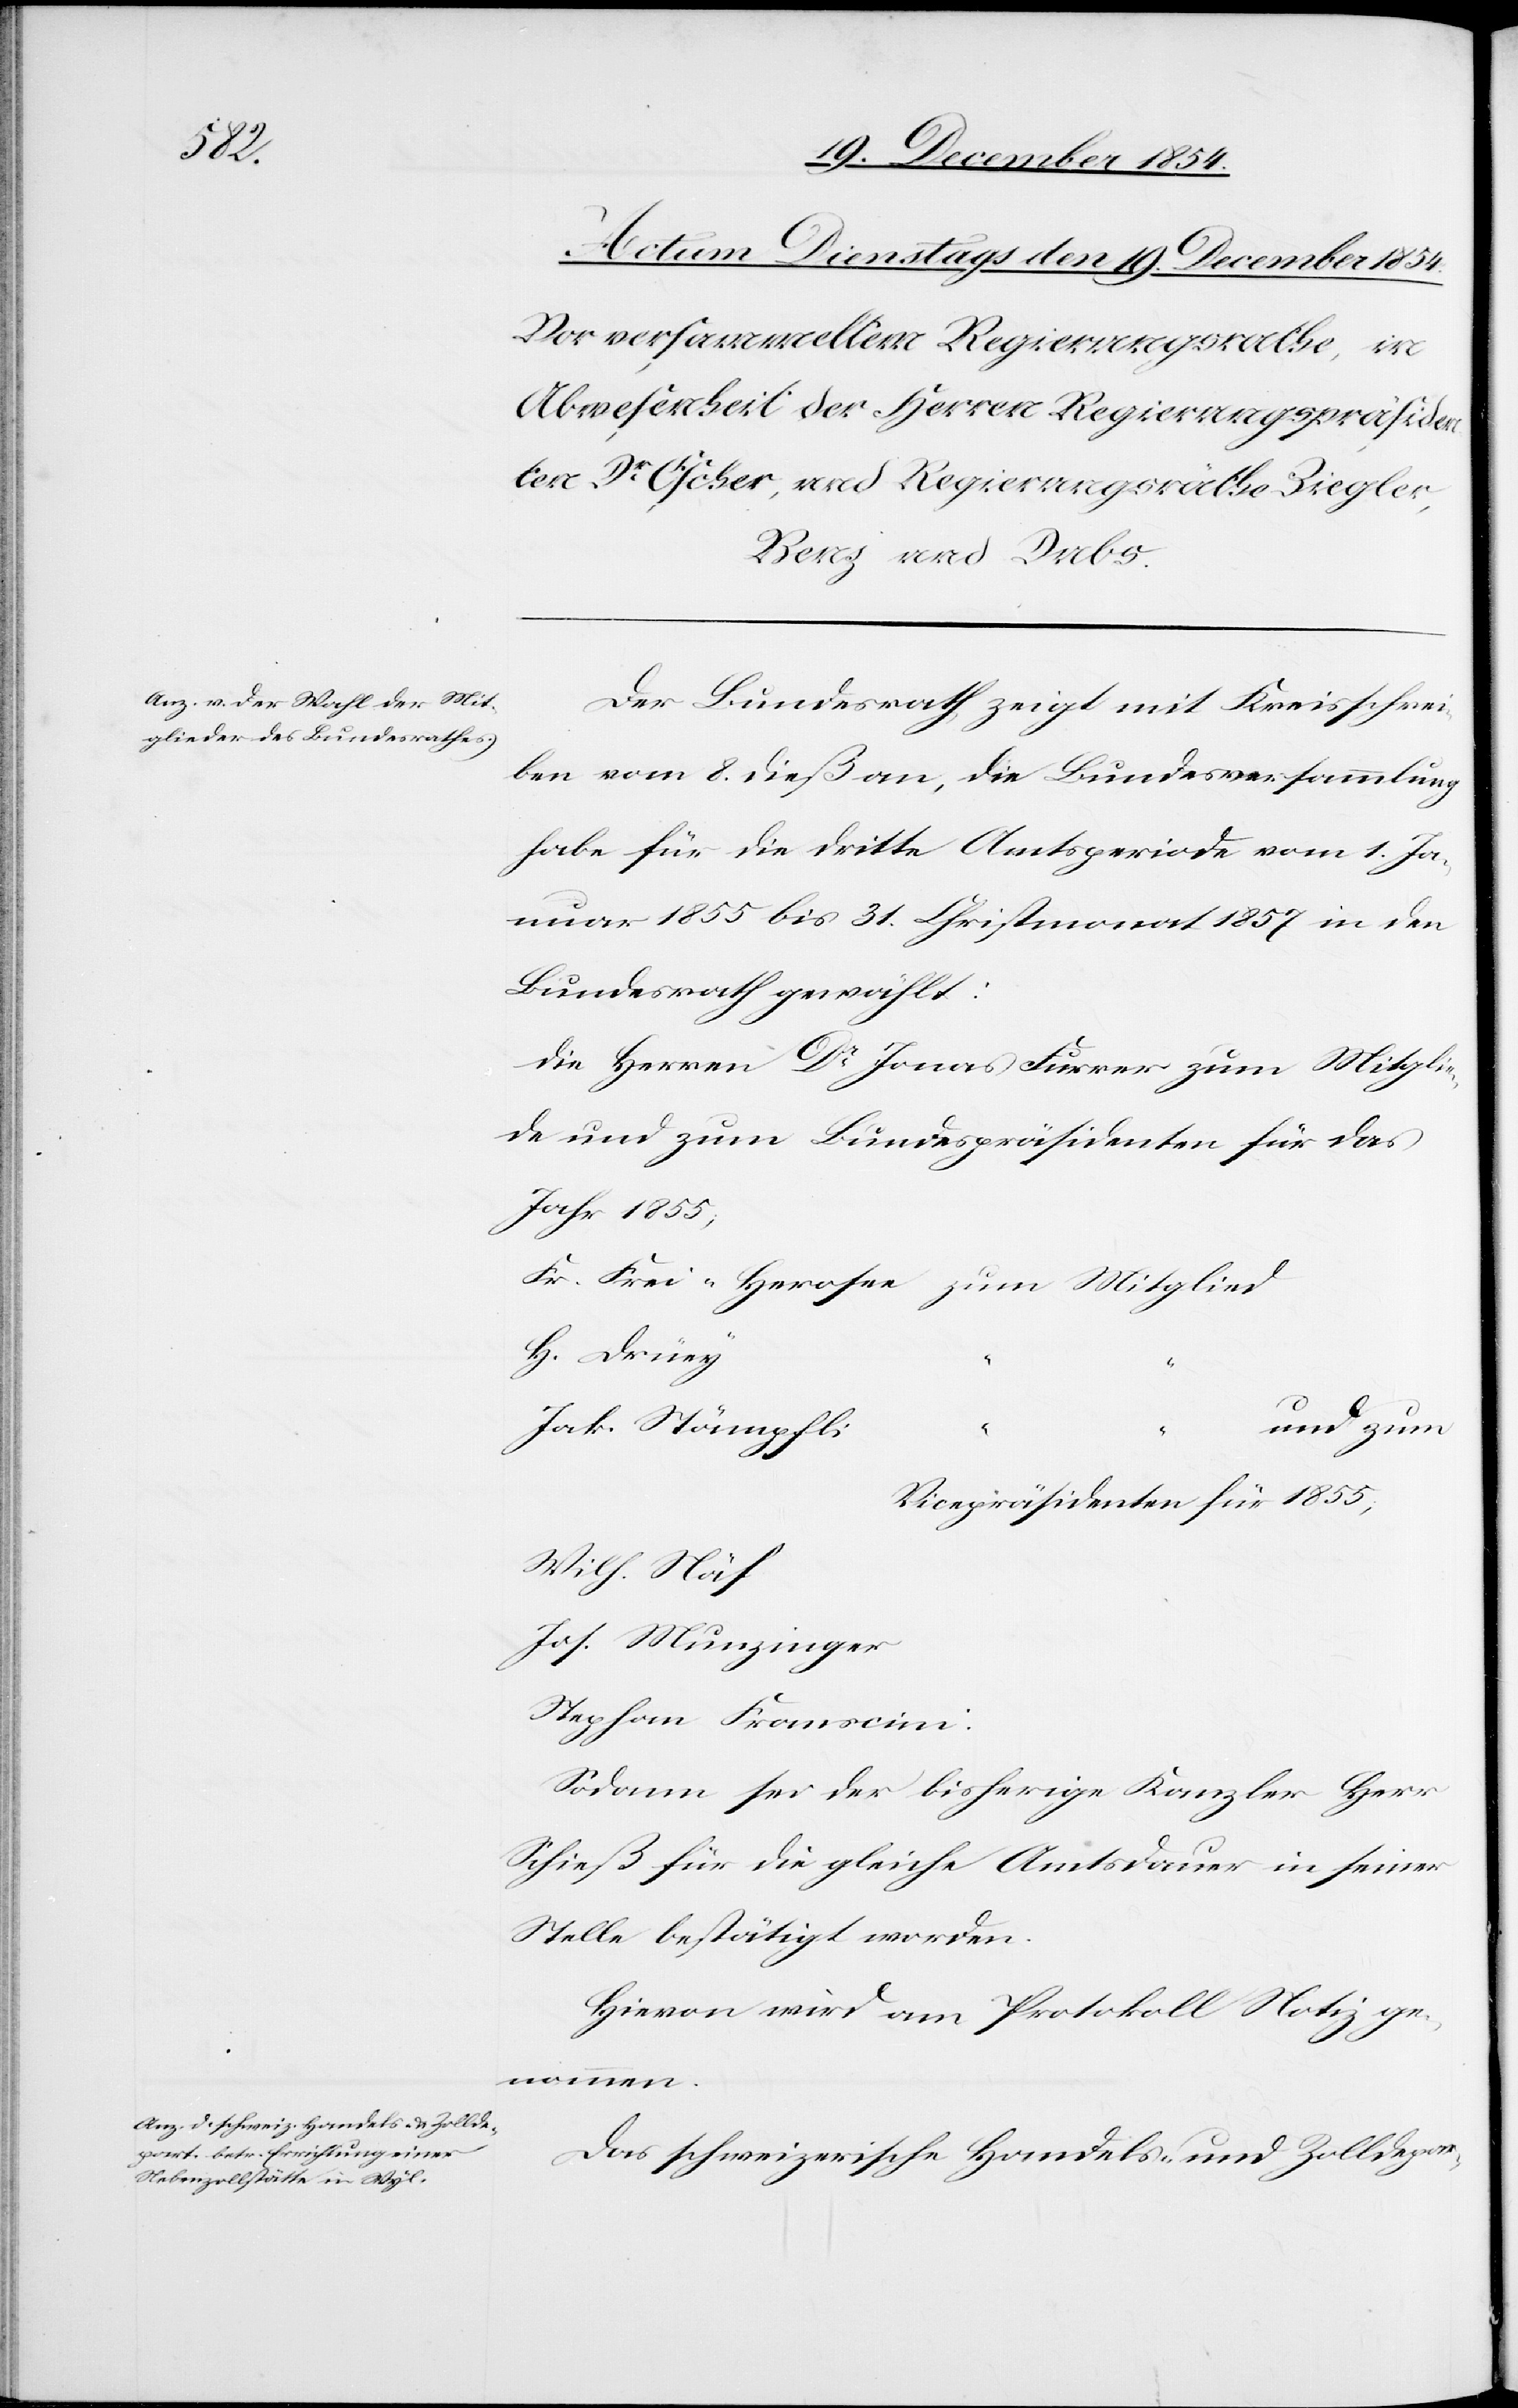
Jak.

Der Bundesrath zeigt mit Kreisschrei¬
ben vom 8. dieß an, die Bundesversammlung
habe für die dritte Amtsperiode vom 1. Ja¬
nuar 1855 bis 31. Christmonat 1857 in den
Bundesrath gewählt:
Die Herren Dr Jonas Furrer zum Mitglie¬
de und zum Bundespräsidenten für das
Jahr 1855;
Fr. Frei-Herosee zum Mitglied
Vicepräsidenten für 1855,
Wilh. Näf
Jos. Munzinger
Stephan Franscini.
Sodann sei der bisherige Kanzler Herr
Schieß für die gleiche Amtsdauer in seiner
Stelle bestätigt worden.
Hievon wird am Protokoll Notiz ge¬
nommen.
Das schweizerische Handels- und Zolldepar-